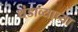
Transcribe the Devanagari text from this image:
थंडाव्याच्या